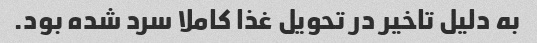
به دلیل تاخیر در تحویل غذا کاملا سرد شده بود.